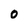
Character: 0